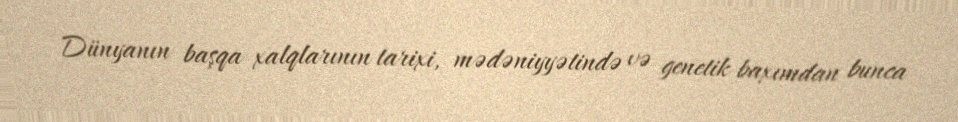
Dünyanın başqa xalqlarının tarixi, mədəniyyətində və genetik baxımdan bunca